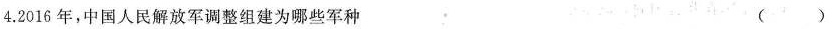
4.2016年，中国人民解放军调整组建为哪些军种（）